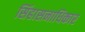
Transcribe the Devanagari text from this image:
सिंहासनाधिकार